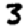
Digit: 3